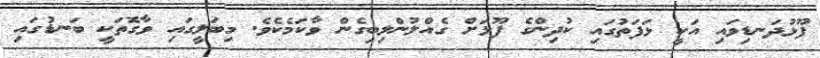
ފޫޅުދަނޑިވައި އަކީ ޅަފަތުގައި ކުދިންގެ ފޫޅަށް ގެއްލުންލިބިގެން ވާކަމެކެވެ. މިބަލީގައި ވާގޮތަކީ ބަނޑުގައި